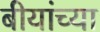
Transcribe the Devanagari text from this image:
बीयांच्या